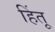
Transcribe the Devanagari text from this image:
हिंतू